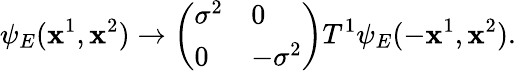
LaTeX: \psi_{E}(\mathbf{x}^{1},\mathbf{x}^{2})\rightarrow\left(\begin{array}{ll}{{\sigma^{2}}}&{{0}}\\ {{0}}&{{-\sigma^{2}}}\end{array}\right)T^{1}\psi_{E}(-\mathbf{x}^{1},\mathbf{x}^{2}).